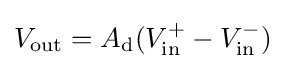
V_{\text{out}}=A_{\text{d}}(V_{\text{in}}^{+}-V_{\text{in}}^{-})